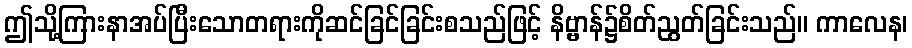
ဤသို့ကြားနာအပ်ပြီးသောတရားကိုဆင်ခြင်ခြင်းစသည်ဖြင့် နိဗ္ဗာန်၌စိတ်ညွတ်ခြင်းသည်။ ကာလေန၊